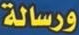
ورسالة